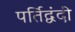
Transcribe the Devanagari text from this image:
पर्तिद्वंदी